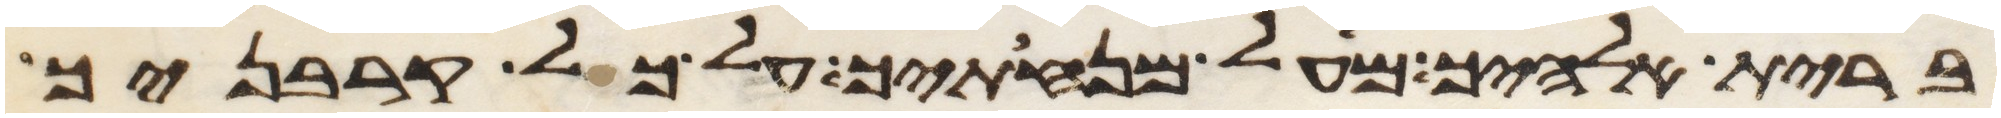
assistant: ברית אלהיך מעל מנחתך על כל קרבניך